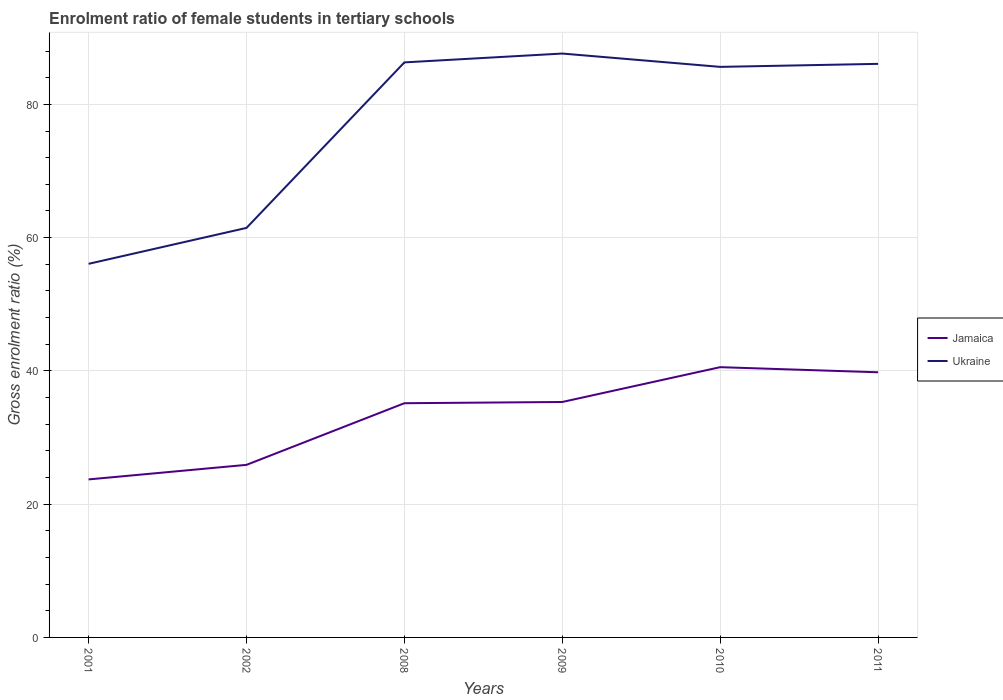
| Years | Jamaica | Ukraine |
 | --- | --- | --- |
 | 2001 | 23.7 | 56.1 |
 | 2002 | 25.9 | 61.5 |
 | 2008 | 35.1 | 86.3 |
 | 2009 | 35.3 | 87.6 |
 | 2010 | 40.6 | 85.6 |
 | 2011 | 39.8 | 86.1 |